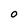
Character: O